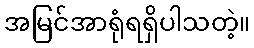
အမြင်အာရုံရရှိပါသတဲ့။